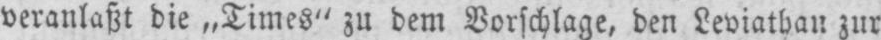
veranlaßt die „Times“ zu dem Vorschlage, den Leviatbau zur